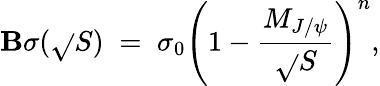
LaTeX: \mathbf{B}\sigma(\sqrt{}{S})\; =\; \sigma_{0}\left(1-{\frac{{M_{J/\psi}}}{{\sqrt{}{S}}}}\right)^{n},